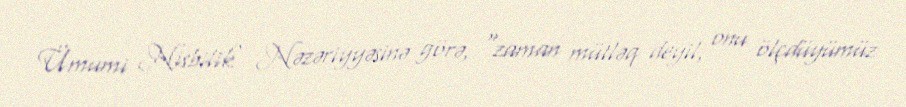
Ümumi Nisbilik Nəzəriyyəsinə görə, "zaman mütləq deyil, onu ölçdüyümüz